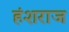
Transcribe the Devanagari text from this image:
हंशराज